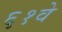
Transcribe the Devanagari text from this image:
६१वे